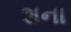
શના